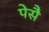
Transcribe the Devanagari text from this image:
पेसै